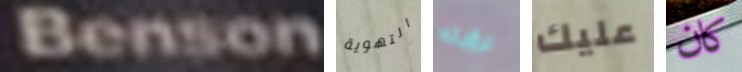
Benson التهوية لرؤيته عليك كان